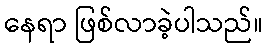
နေရာ ဖြစ်လာခဲ့ပါသည်။